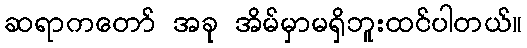
ဆရာကတော် အခု အိမ်မှာမရှိဘူးထင်ပါတယ်။